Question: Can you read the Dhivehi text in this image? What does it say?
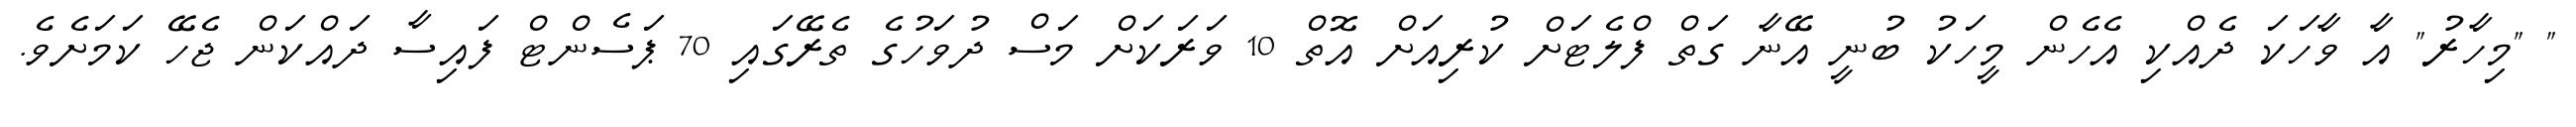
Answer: " "މިހާރު" އާ ވާހަކަ ދެއްކި އެހެން މީހަކު ބުނީ އޭނާ ގަތް ފްލެޓަށް ކުރިއަށް އޮތް 10 ވަރަކަށް މަސް ދުވަހުގެ ތެރޭގައި 70 ޕަސެންޓް ފައިސާ ދައްކަން ޖެހޭ ކަމަށެވެ.